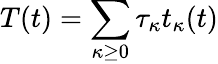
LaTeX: T(t)=\sum_{\kappa\geq 0}\tau_{\kappa}t_{\kappa}(t)